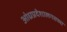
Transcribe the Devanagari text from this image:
आंध्रप्रदेशालगतच्या